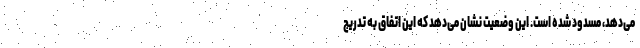
می‌دهد، مسدود شده است. این وضعیت نشان می‌دهد که این اتفاق به تدریج